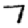
Digit: 7